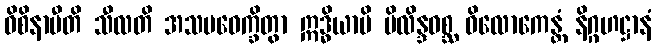
ဝိစိနာမီတိ သီလတိ အသမဝေက္ခိတွာ ဣဒ္ဓိယာပိ ပိလိန္ဒဝစ္ဆ ဝိလောကေန္တံ နိဂ္ဂဟဋ္ဌာနံ